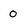
Character: 0